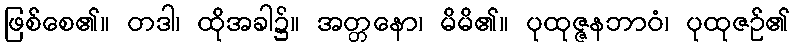
ဖြစ်စေ၏။ တဒါ၊ ထိုအခါ၌။ အတ္တနော၊ မိမိ၏။ ပုထုဇ္ဇနဘာဝံ၊ ပုထုဇဉ်၏